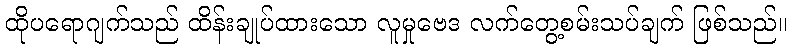
ထိုပရောဂျက်သည် ထိန်းချုပ်ထားသော လူမှုဗေဒ လက်တွေ့စမ်းသပ်ချက် ဖြစ်သည်။